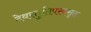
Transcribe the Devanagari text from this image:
देवस्तुतिपरकसूक्त